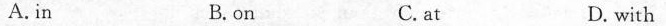
A. in B.on C.at D. with